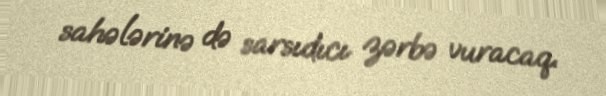
sahələrinə də sarsıdıcı zərbə vuracaq.